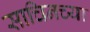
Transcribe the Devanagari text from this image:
साचिनच्या